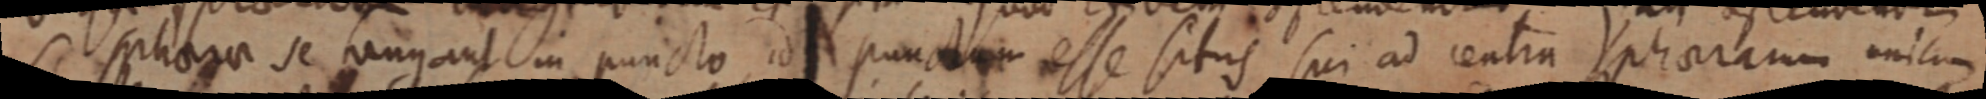
si sphaera se tangant in puncto, id punctum esse situs sui ad centra sphaeram unicum